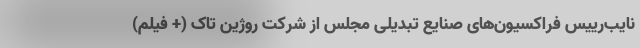
نایب‌رییس فراکسیون‌های صنایع تبدیلی مجلس از شرکت روژین تاک (+ فیلم)